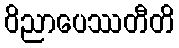
ဝိညာပေဿတီတိ